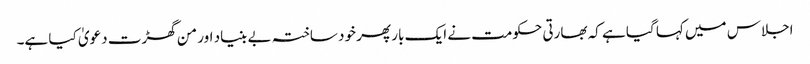
اجلاس میں کہا گیا ہے کہ بھارتی حکومت نے ایک بار پھر خود ساختہ بے بنیاد اور من گھڑت دعویٰ کیا ہے۔